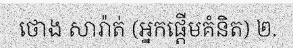
ថោង សារ៉ាត់ (អ្នកផ្តើមគំនិត) ២.